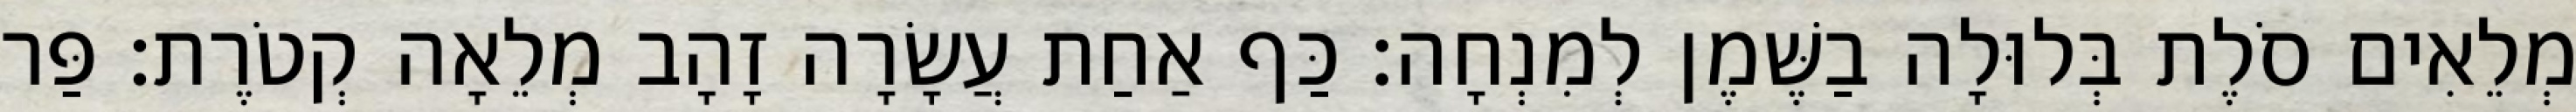
מְלֵאִים סֹלֶת בְּלוּלָה בַשֶּׁמֶן לְמִנְחָה׃ כַּף אַחַת עֲשָׂרָה זָהָב מְלֵאָה קְטֹרֶת׃ פַּר